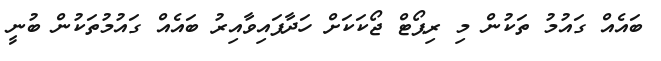
ބައެއް ގައުމު ތަކުން މި ރިޕޯޓް ޖޯކަކަށް ހަދާފައިވާއިރު ބައެއް ގައުމުތަކުން ބުނީ